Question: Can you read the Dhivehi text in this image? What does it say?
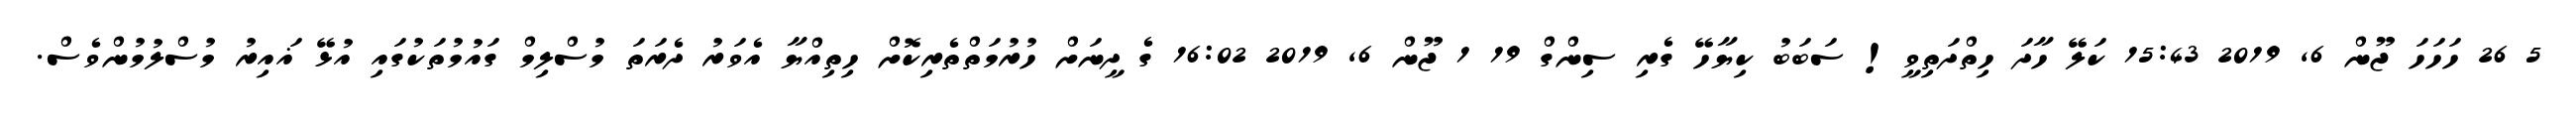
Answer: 5 26 ހަހަހަ ޖޫން 6, 2019 15:43 ކަލޭ ހާދަ ހިތްދަތިވީ! ސަބަބު ކިޔާހޭ ގެރި ސިންގް 19 1 ޖޫން 6, 2019 16:02 ގެ ދީނަށް ހުރުމަތްތެރިކޮށް ހިތިއްޔާ އެވަރު ދެރަތަ މުސްލިމް ގައުމުތަކުގައި އުޅޭ ޣައިރު މުސްލުމުންވެސް.